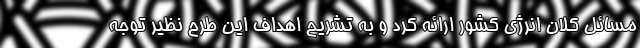
مسائل کلان انرژی کشور ارائه کرد و به تشریح اهداف این طرح نظیر توجه